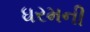
ધરમની